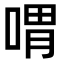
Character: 喟